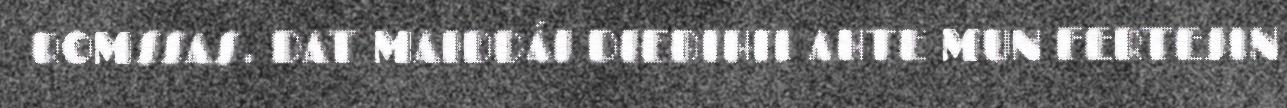
ROMSSAS. DAT MAIDDÁI DIEĐIHII AHTE MUN FERTEJIN